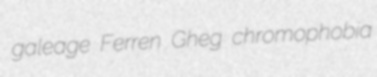
galeage Ferren Gheg chromophobia